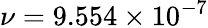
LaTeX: \nu=9.554\times 10^{-7}